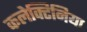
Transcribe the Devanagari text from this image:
कलेक्टिनिया